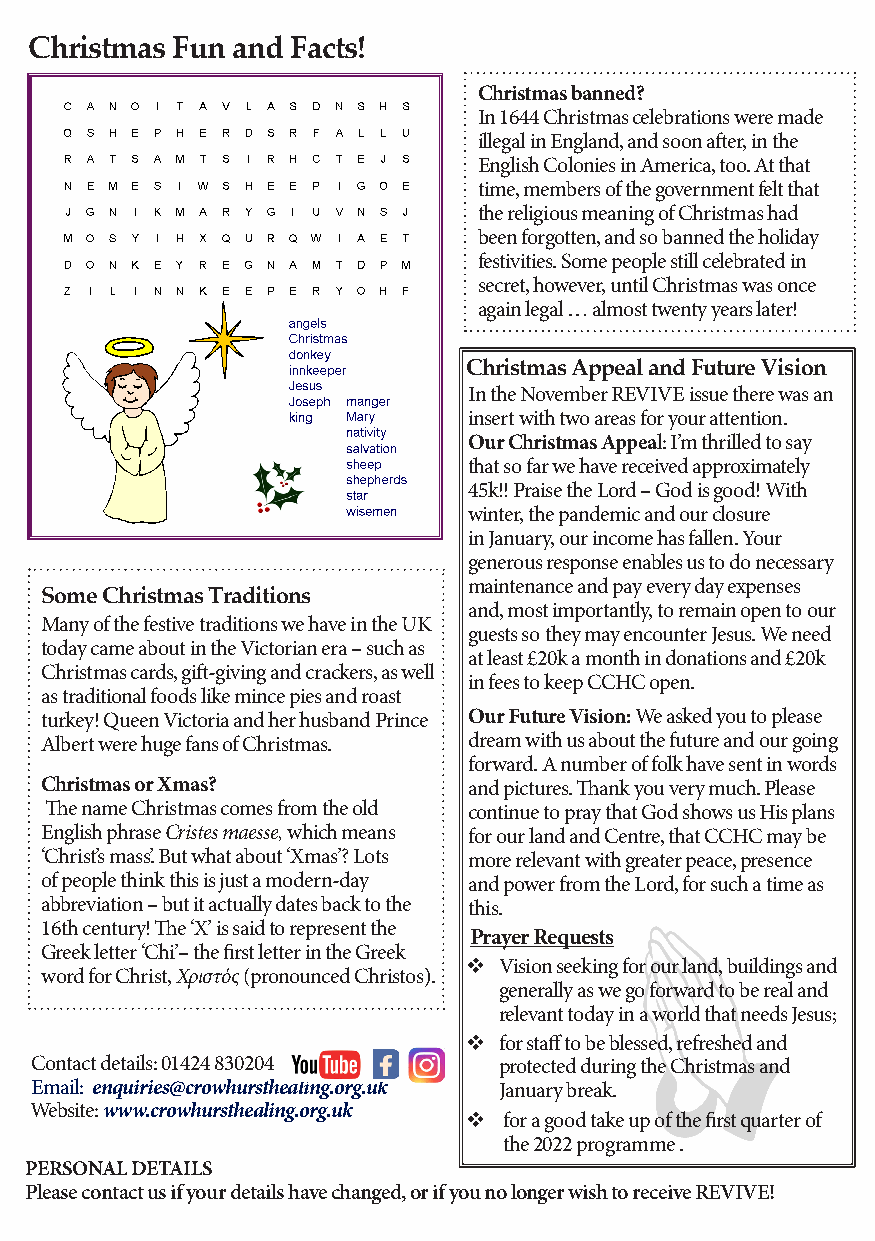
Christmas Fun and Facts!
 Christmas banned?
 In 1644 Christmas celebrations were made
 illegal in England, and soon after, in the
 English Colonies in America, too. At that
 time, members of the government felt that
 the religious meaning of Christmas had
 been forgotten, and so banned the holiday
 festivities. Some people still celebrated in
 secret, however, until Christmas was once
 again legal … almost twenty years later!
 Christmas Appeal and Future Vision
 In the November REVIVE issue there was an
 insert with two areas for your attention.
 Our Christmas Appeal: I’m thrilled to say
 that so far we have received approximately
 45k!! Praise the Lord – God is good! With
 winter, the pandemic and our closure
 in January, our income has fallen. Your
 generous response enables us to do necessary
 maintenance and pay every day expenses
 Some Christmas Traditions
 and, most importantly, to remain open to our
 Many of the festive traditions we have in the UK
 guests so they may encounter Jesus. We need
 today came about in the Victorian era – such as
 at least £20k a month in donations and £20k
 Christmas cards, gift-giving and crackers, as well
 in fees to keep CCHC open.
 as traditional foods like mince pies and roast
 turkey! Queen Victoria and her husband Prince Our Future Vision: We asked you to please
 Albert were huge fans of Christmas. dream with us about the future and our going
 forward. A number of folk have sent in words
 Christmas or Xmas?          and pictures. Thank you very much. Please
 The name Christmas comes from the old continue to pray that God shows us His plans
 English phrase Cristes maesse, which means for our land and Centre, that CCHC may be
 ‘Christ’s mass’. But what about ‘Xmas’? Lots more relevant with greater peace, presence
 of people think this is just a modern-day and power from the Lord, for such a time as
 abbreviation – but it actually dates back to the this.
 16th century! The ‘X’ is said to represent the
 Prayer Requests
 Greek letter ‘Chi’– the first letter in the Greek
  Vision seeking for our land, buildings and
 word for Christ, Χριστός (pronounced Christos).
 generally as we go forward to be real and
 relevant today in a world that needs Jesus;
  for staff to be blessed, refreshed and
 Contact details: 01424 830204  protected during the Christmas and
 Email: enquiries@crowhursthealing.org.uk January break.
 Website: www.crowhursthealing.org.uk
  for a good take up of the first quarter of
 the 2022 programme .
 PERSONAL DETAILS
 Please contact us if your details have changed, or if you no longer wish to receive REVIVE!